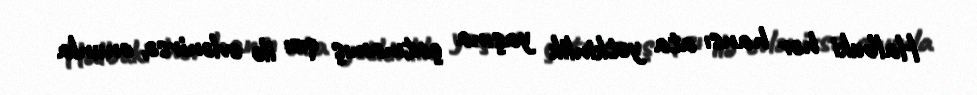
Halbuki hər hansı ata yetkinlik yaşına çatmamış qızı ilə evlənirsə, onunla